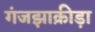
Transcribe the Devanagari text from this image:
गंजझाक्रीड़ा